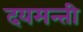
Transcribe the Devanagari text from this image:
दयमन्ती